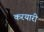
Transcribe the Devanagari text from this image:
करयारी